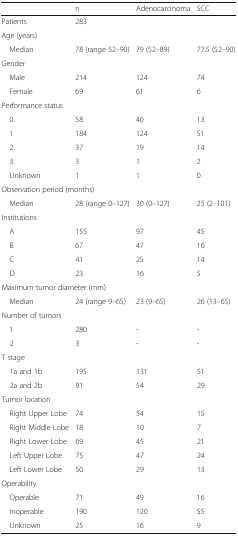
|  | n | Adenocarcinoma | SCC |
 | --- | --- | --- | --- |
 | Patients | 283 |  |  |
 | <COLSPAN=4> Age (years) |
 | Median | 78 (range 52–90) | 79 (52–89) | 77.5 (52–90) |
 | <COLSPAN=4> Gender |
 | Male | 214 | 124 | 74 |
 | Female | 69 | 61 | 6 |
 | <COLSPAN=4> Performance status |
 | 0 | 58 | 40 | 13 |
 | 1 | 184 | 124 | 51 |
 | 2 | 37 | 19 | 14 |
 | 3 | 3 | 1 | 2 |
 | Unknown | 1 | 1 | 0 |
 | <COLSPAN=4> Observation period (months) |
 | Median | 28 (range 0–127) | 30 (0–127) | 25 (2–101) |
 | <COLSPAN=4> Institutions |
 | A | 155 | 97 | 45 |
 | B | 67 | 47 | 16 |
 | C | 41 | 25 | 14 |
 | D | 23 | 16 | 5 |
 | <COLSPAN=4> Maximum tumor diameter (mm) |
 | Median | 24 (range 9–65) | 23 (9–65) | 26 (13–65) |
 | <COLSPAN=4> Number of tumors |
 | 1 | 280 | - | - |
 | 2 | 3 | - | - |
 | <COLSPAN=4> T stage |
 | 1a and 1b | 195 | 131 | 51 |
 | 2a and 2b | 91 | 54 | 29 |
 | <COLSPAN=4> Tumor location |
 | Right Upper Lobe | 74 | 54 | 15 |
 | Right Middle Lobe | 18 | 10 | 7 |
 | Right Lower Lobe | 69 | 45 | 21 |
 | Left Upper Lobe | 75 | 47 | 24 |
 | Left Lower Lobe | 50 | 29 | 13 |
 | <COLSPAN=4> Operability |
 | Operable | 71 | 49 | 16 |
 | Inoperable | 190 | 120 | 55 |
 | Unknown | 25 | 16 | 9 |